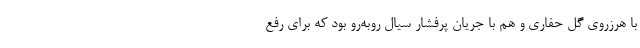
با هرزروی گل حفاری و هم با جریان پرفشار سیال روبه‌رو بود که برای رفع